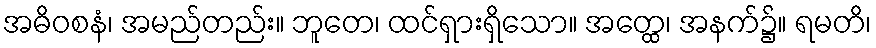
အဓိဝစနံ၊ အမည်တည်း။ ဘူတေ၊ ထင်ရှားရှိသော။ အတ္ထေ၊ အနက်၌။ ရမတိ၊